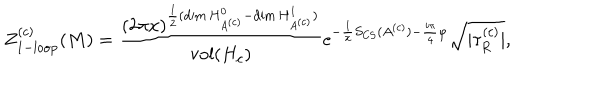
Z _ { \mathrm { 1 - l o o p } } ^ { ( c ) } ( M ) = { \frac { ( 2 \pi x ) ^ { { \frac { 1 } { 2 } } ( \mathrm { d i m } \, H _ { A ^ { ( c ) } } ^ { 0 } - \mathrm { d i m } \, H _ { A ^ { ( c ) } } ^ { 1 } ) } } { \mathrm { v o l } ( H _ { c } ) } } \mathrm { e } ^ { - { \frac { 1 } { x } } S _ { \mathrm { C S } } ( A ^ { ( c ) } ) - { \frac { i \pi } { 4 } } \varphi } { \sqrt { | \tau _ { R } ^ { ( c ) } | } } ,